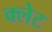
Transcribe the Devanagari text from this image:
क्लेट